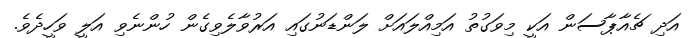
އަދި ޗެއާޕާސަން އަކީ މިވަގުތު އަމިއްލައަށް ލަންޑަނުގައި އަރުވާލެވިގެން ހުންނެވި އަލީ ވަހީދެވެ.